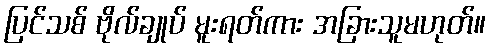
ပြင်သစ် ဗိုလ်ချုပ် မူးရတ်ကား အခြားသူမဟုတ်။